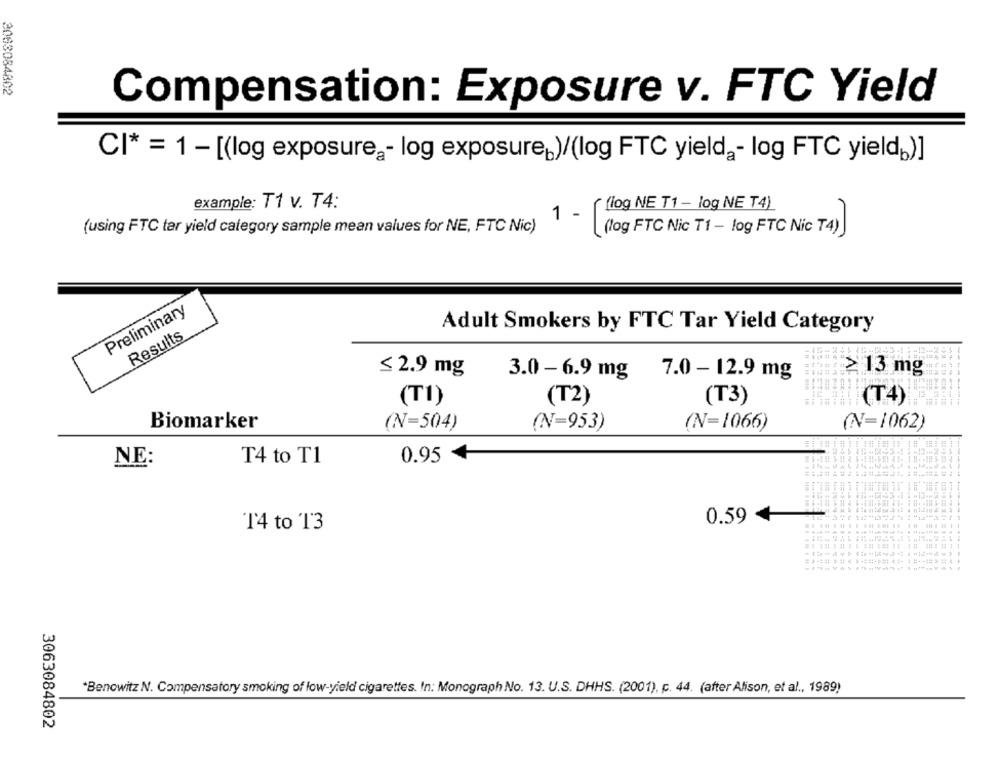
2003084802
Compensation: Exposure v. FTC Yield
CI* = 1 - [(log exposure2- log exposure,)/(log FTC yielda- log FTC yieldb)]
example: T1 v. T4:
(log NE T1 - log NE T4)
1 - [
(using FTC tar yield category sample mean values for NE, FTC Nic)
(log FTC Nic T1 - log FTC Nic T4)
Preliminary
Adult Smokers by FTC Tar Yield Category
Results
≤ 2.9 mg
13 mg
3.0 - 6.9 mg
7.0 - 12.9 mg
(T1)
(T2)
(T3)
H(T4)
Biomarker
(N=504)
(N=953)
(N=1066)
(N=1062)
NE:
T4 to T1
0.95
0.59
T4 to 13
*Benowitz N. Compensatory smoking of low-yield cigarettes. In: Monograph No. 13. U.S. DHHS. (2001), c. 44. (after Alison, et al ., 1989)
3063084802